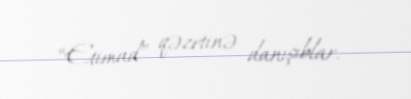
“Etimad” qəzetinə danışıblar.